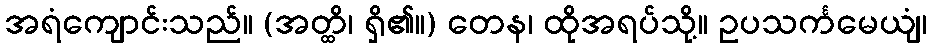
အရံကျောင်းသည်။ (အတ္ထိ၊ ရှိ၏။) တေန၊ ထိုအရပ်သို့။ ဥပသင်္ကမေယျံ၊